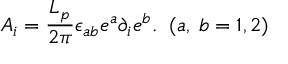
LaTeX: A _ { i } = \frac { L _ { p } } { 2 \pi } \epsilon _ { a b } e ^ { a } \partial _ { i } e ^ { b } . \; \; ( a , \; b = 1 , 2 )